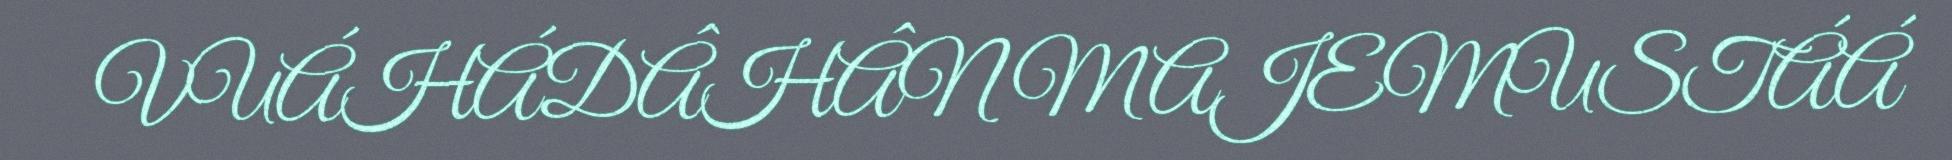
VUÁHÁDÂHÂN MAJEMUSTÁÁ